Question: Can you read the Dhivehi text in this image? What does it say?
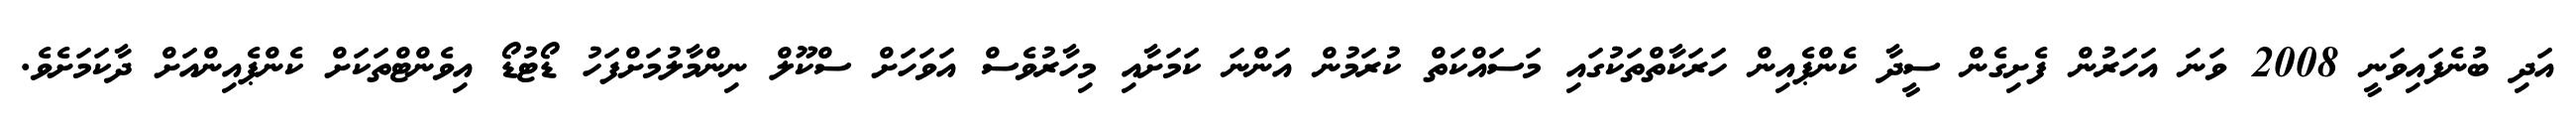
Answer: އަދި ބުނެފައިވަނީ 2008 ވަނަ އަހަރުން ފެށިގެން ސީދާ ކެންޕެއިން ހަރަކާތްތަކުގައި މަސައްކަތް ކުރަމުން އަންނަ ކަމަށާއި މިހާރުވެސް އަވަހަށް ސްކޫލް ނިންމާލުމަށްފަހު ޑޯޓުޑޯ އިވެންޓްތަކަށް ކެންޕެއިންއަށް ދާކަމަށެވެ.